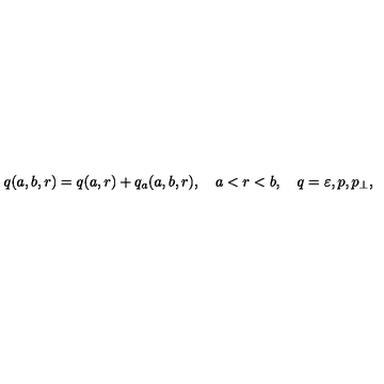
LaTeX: q ( a , b , r ) = q ( a , r ) + q _ { a } ( a , b , r ) , \quad a < r < b , \quad q = \varepsilon , p , p _ { \perp } ,